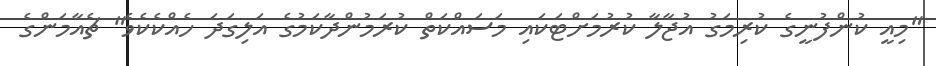
"މިއީ ކުންފުނީގެ ކުރިމަގު އުޖާލާ ކުރުމަށްޓަކައި މަސައްކަތް ކުރަމުންދާކަމުގެ އަލިގަދަ ހެއްކެކެވެ" ޗެއާމަންގެ